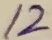
Text: 12